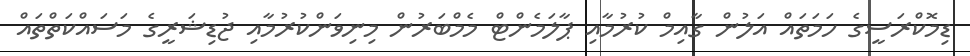
ޑިމޮކްރަސީގެ ހަމަތައް އަލުން ގާއިމް ކުރުމާއި ޕާލަމެންޓް މެމްބަރުން މިނިވަންކުރުމާއި ޖުޑިޝަރީގެ މަސައްކަތްތައް